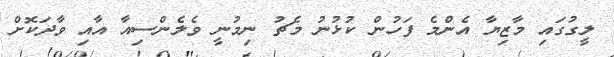
ލީގުގައި މާޒިޔާ އެންމެ ފަހުން ކުޅުނު މެޗު ނިމުނީ ވެލެންސިއާ އާއި ވާދަކޮށް